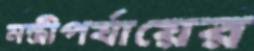
মন্ত্রীপর্যায়ের